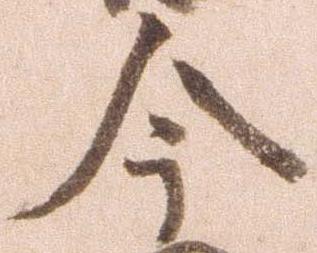
今